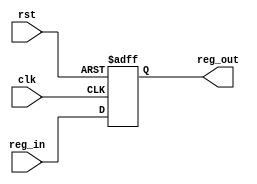
module flip_flop (
    output  reg     reg_out,
    input   wire    reg_in ,
    input   wire    clk,
    input   wire    rst
);

always @(posedge clk or negedge rst) begin
    if (!rst) begin
        reg_out <= 'd0 ;
    end else begin
        reg_out <= reg_in ;
    end
end
    
endmodule